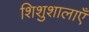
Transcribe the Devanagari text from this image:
शिशुशालाएँ